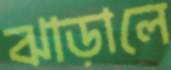
ঝাড়ালে